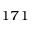
^ { 1 7 1 }